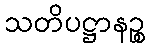
သတိပဋ္ဌာနဉ္စ